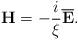
LaTeX: \begin{align*}{\bf H}=-\frac{i}{\xi}\overline{\bf E}.\end{align*}